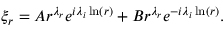
\xi _ { r } = A r ^ { \lambda _ { r } } e ^ { i \lambda _ { i } \ln ( r ) } + B r ^ { \lambda _ { r } } e ^ { - i \lambda _ { i } \ln ( r ) } .